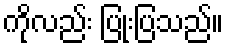
ကိုလည်း ပြုံးပြသည်။